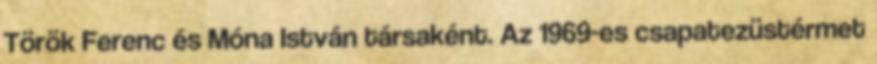
Török Ferenc és Móna István társaként. Az 1969-es csapatezüstérmet